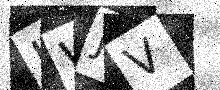
Text: IWJV